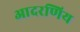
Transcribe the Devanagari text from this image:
आदरणिय